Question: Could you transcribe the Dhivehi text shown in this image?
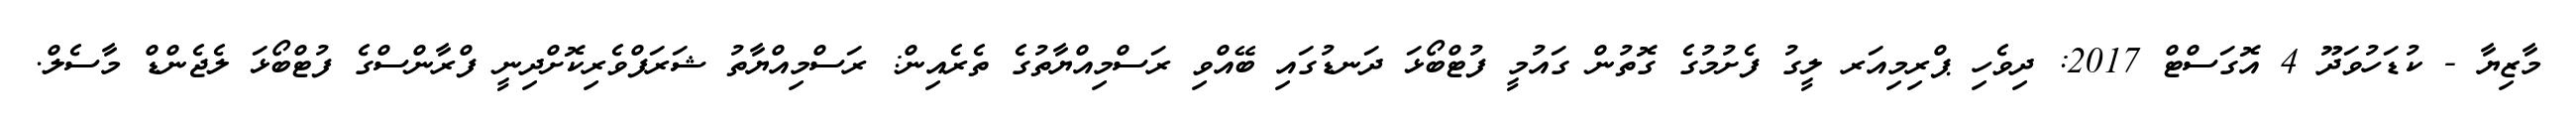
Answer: މާޒިޔާ - ކުޑަހުވަދޫ 4 އޮގަސްޓް 2017: ދިވެހި ޕްރިމިއަރ ލީގު ފެށުމުގެ ގޮތުން ގައުމީ ފުޓްބޯޅަ ދަނޑުގައި ބޭއްވި ރަސްމިއްޔާތުގެ ތެރެއިން: ރަސްމިއްޔާތު ޝަރަފްވެރިކޮށްދިނީ ފްރާންސްގެ ފުޓްބޯޅަ ލެޖެންޑް މާސެލް.